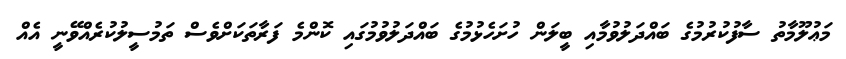
މަޢުލޫމާތު ސާފުކުރުމުގެ ބައްދަލުވުމާއި ބީލަން ހުށަހެޅުމުގެ ބައްދަލުވުމުގައި ކޮންމެ ފަރާތަކަށްވެސް ތަމުސީލުކުރެއްވޭނީ އެއް